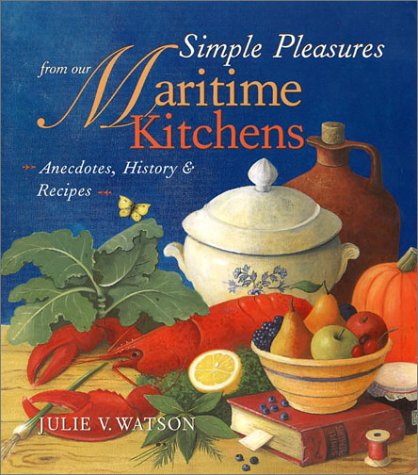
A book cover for Simple Pleasures from Our Maritime Kitchens: Anecdotes, History, and Recipes; Julie V. Watson; Cookbooks, Food & Wine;